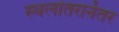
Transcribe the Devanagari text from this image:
स्थलांतरानंतर